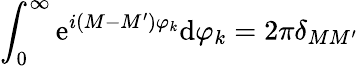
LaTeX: \int_{0}^{\infty}\mathrm{e}^{i(M-M^{\prime})\varphi_{k}}\mathrm{d}\varphi_{k}=2\pi\delta_{MM^{\prime}}